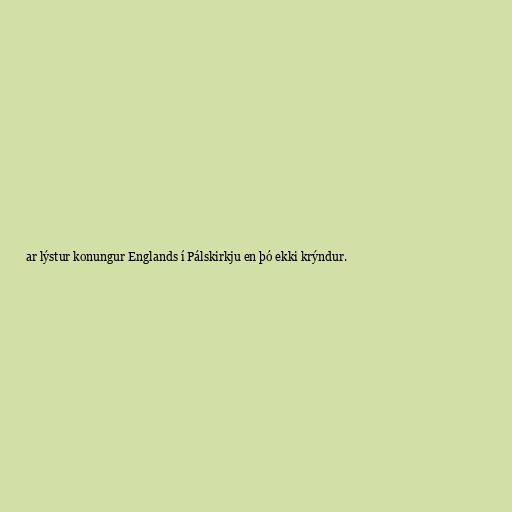
ar lýstur konungur Englands í Pálskirkju en þó ekki krýndur.